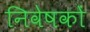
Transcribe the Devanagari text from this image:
निवेषकों